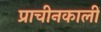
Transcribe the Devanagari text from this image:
प्राचीनकालीं